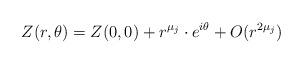
LaTeX: \begin{align*} Z(r, \theta) = Z(0,0) + r^{\mu_{j}} \cdot e^{i \theta} + O(r^{2 \mu_{j}}) \end{align*}